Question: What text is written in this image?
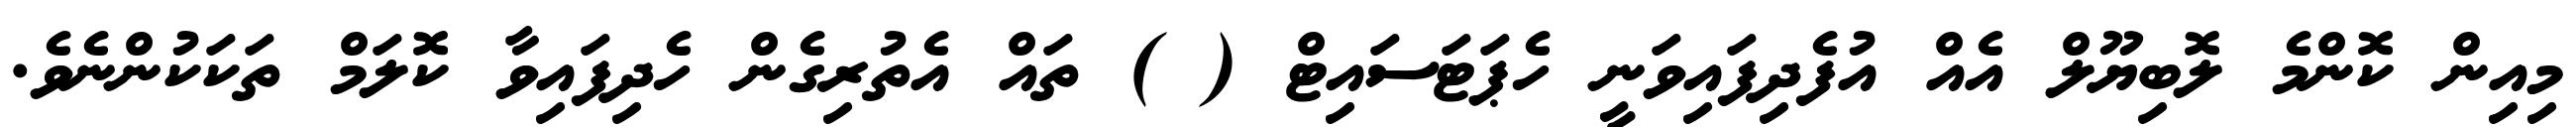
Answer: މިއިން ކޮންމެ ލޮބިޔޫލް އެއް އުފެދިފައިވަނީ ހެޕަޓަސައިޓް ( ) ތައް އެތުރިގެން ހެދިފައިވާ ކޮލަމް ތަކަކުންނެވެ.